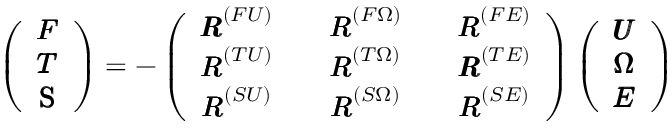
\left( \begin{array} { c c c c c } { { \pmb F } } \\ { { \pmb T } } \\ { \mathsf { \pmb S } } \end{array} \right) = - \left( \begin{array} { c c c c c } { { \pmb R } ^ { ( F U ) } } & { } & { { \pmb R } ^ { ( F \Omega ) } } & { } & { { \pmb R } ^ { ( F E ) } } \\ { { \pmb R } ^ { ( T U ) } } & { } & { { \pmb R } ^ { ( T \Omega ) } } & { } & { { \pmb R } ^ { ( T E ) } } \\ { { \pmb R } ^ { ( S U ) } } & { } & { { \pmb R } ^ { ( S \Omega ) } } & { } & { { \pmb R } ^ { ( S E ) } } \end{array} \right) \left( \begin{array} { c c c c c } { { \pmb U } } \\ { { \pmb \Omega } } \\ { { \pmb E } } \end{array} \right)